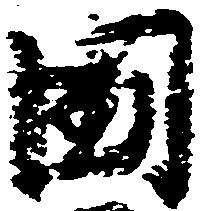
国